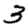
Digit: 3